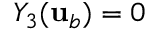
Y _ { 3 } ( { \mathbf { u } } _ { b } ) = 0